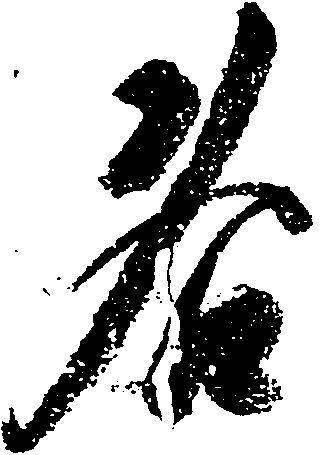
各